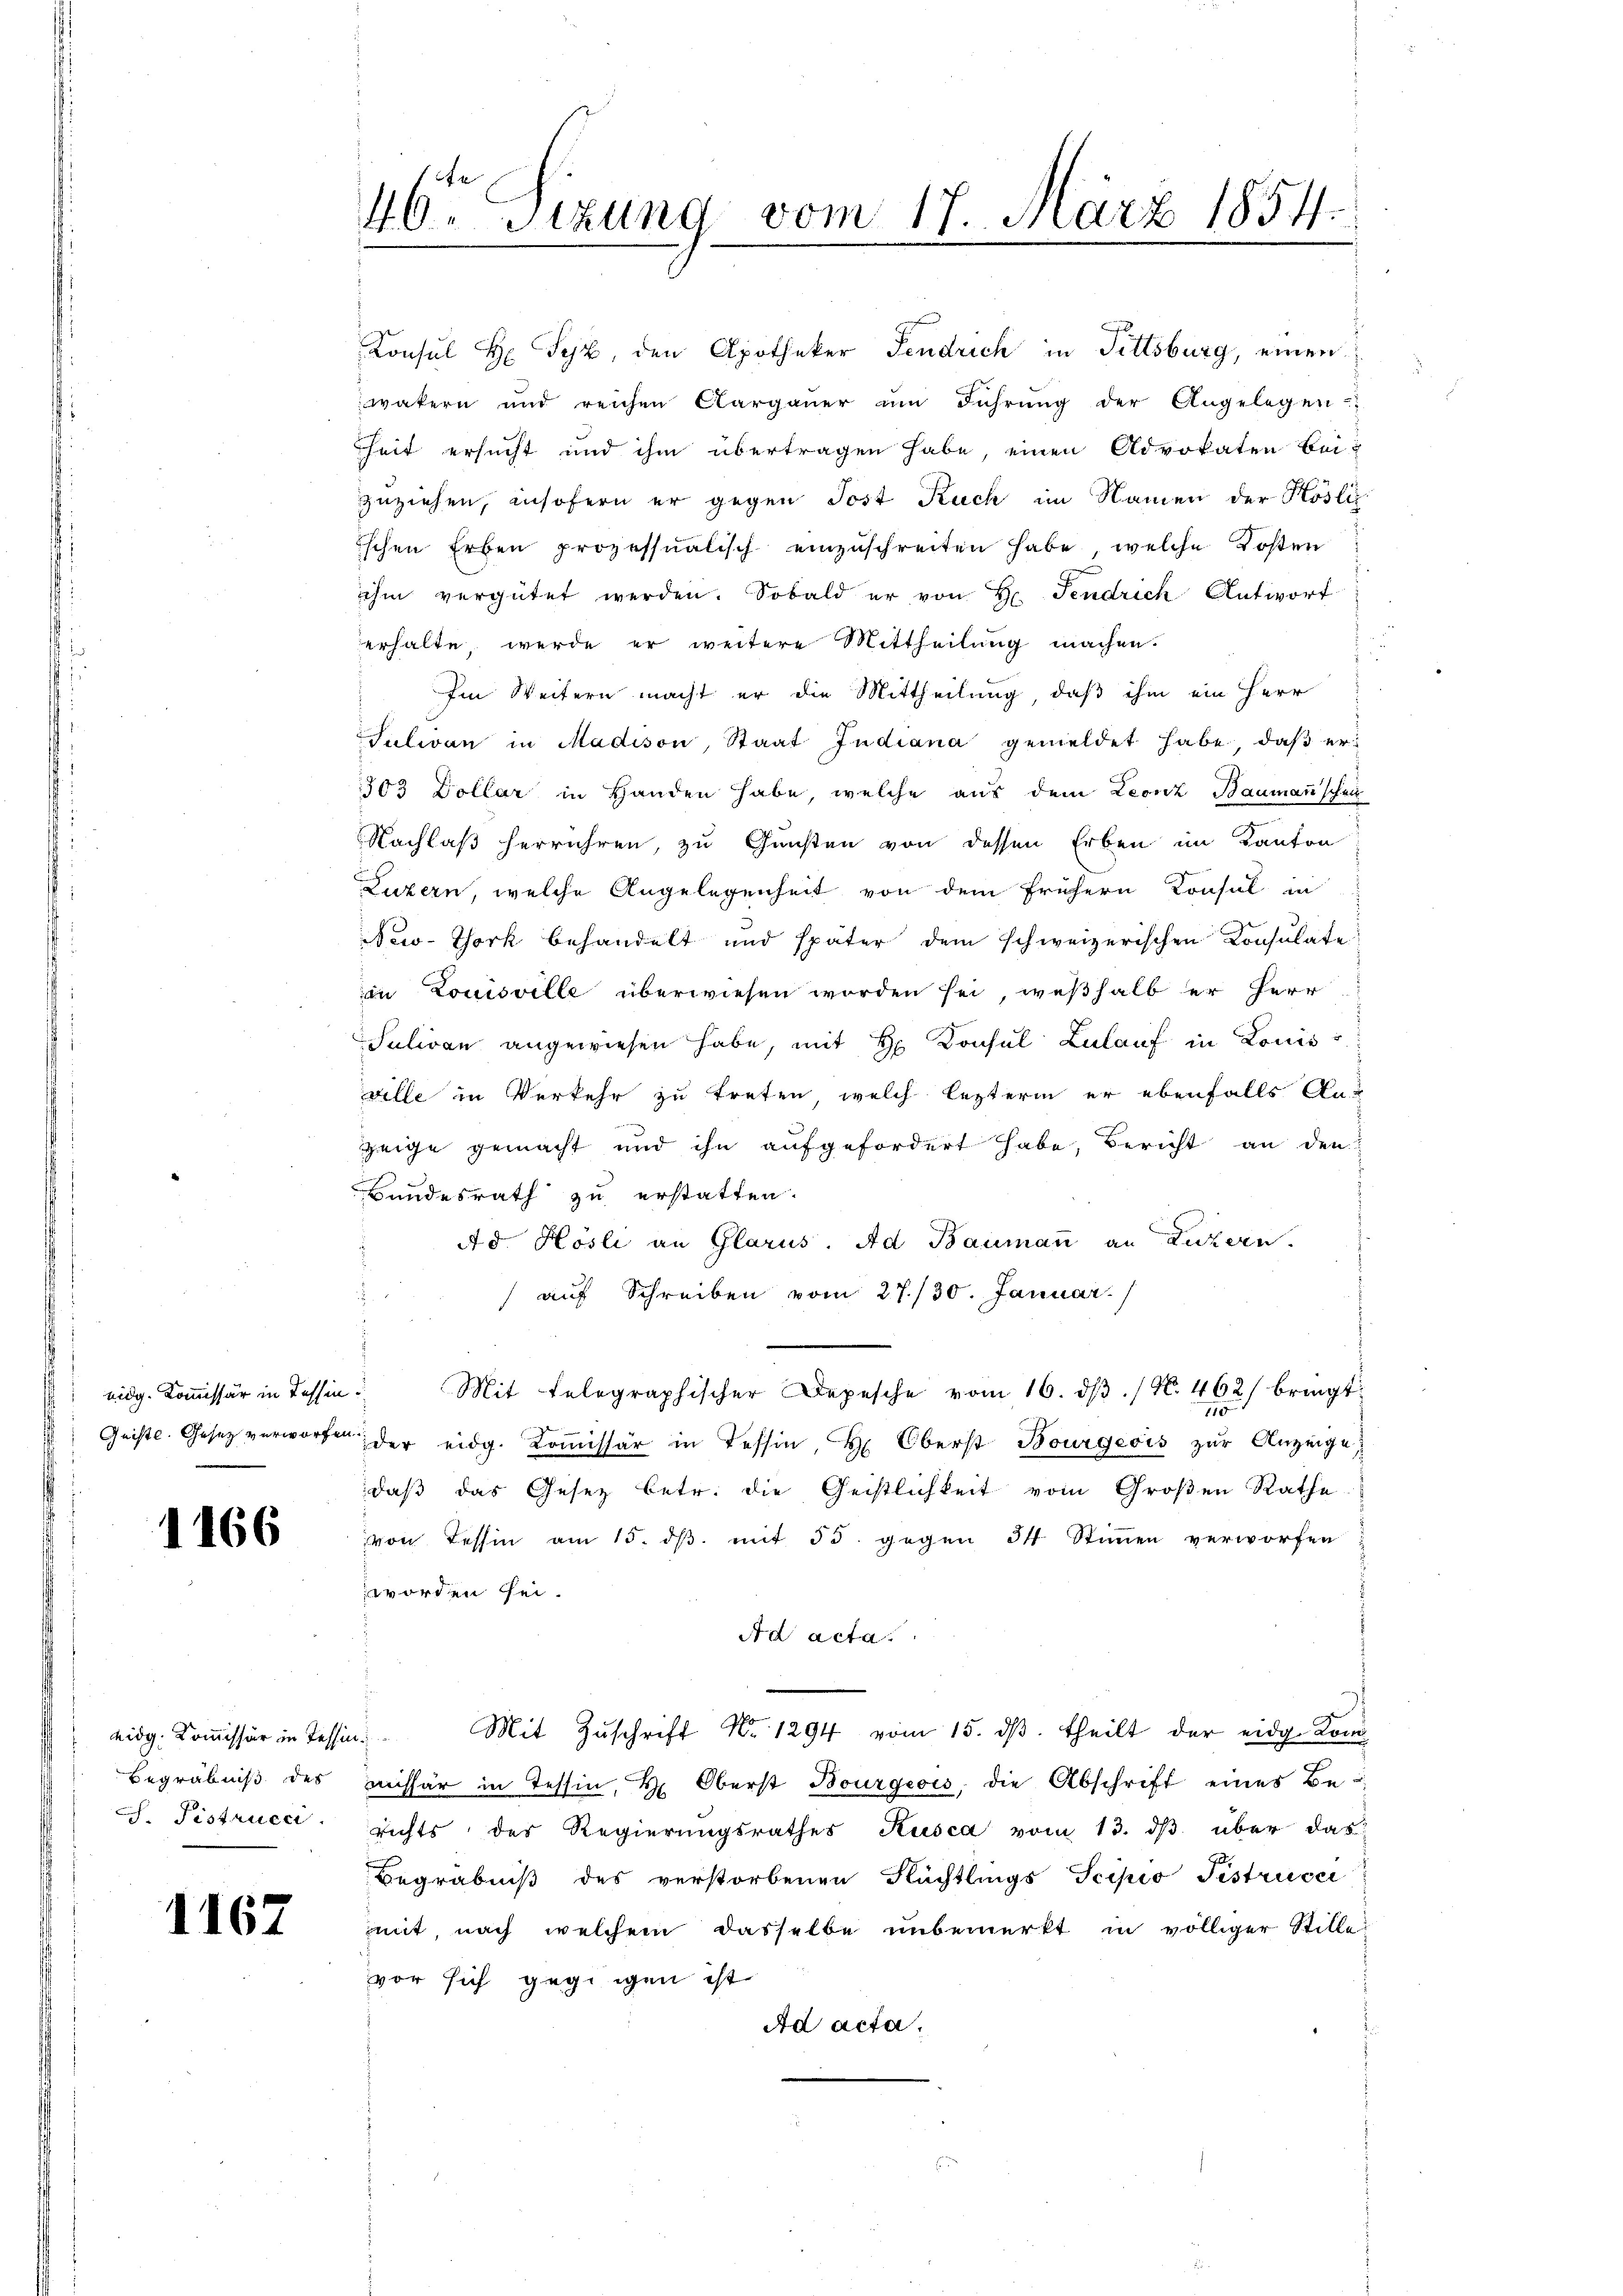
1166

S. Pistrucci

1167

Konsul H Syz, den Apotheker Fendrich in Fittsburg, einen
wakern und reichen Aargaŭer ŭm Führŭng der Angelegen-
heit ersucht und ihm übertragen habe, einen Advokaten Bei-
zuziehen, insofern er gegen Jost Ruch im Namen der Höslic
ischen Erben prozessualisch einzŭschreiten habe, welche Kosten
ihm vergütet werden. Sobald er von H. Fendrich Antwort
erhalte, werde er weitere Mittheilung machen.
Im Weitern macht er die Mittheilung, daß ihm ein Herr
Julivan in Madison, Staat Indiana gemeldet habe, daβ er¬
303 Dollar in Handen habe, welche aus dem Leonz Bauman'schen
Nachlaß herrühren, zu Gunsten von dessen Erben im Kanton
Luzern, welche Angelegenheit von dem frühern Konsul in
New-York behandelt und später dem schweizerischen Konsulate
in Louisville überwiesen worden sei, weßhalb er Herr
Suliven angewiesen habe, mit H. Konsul Zulauf in Louis
ville in Verkehr zu treten, welch lezterm er ebenfalls Aus
Zeige gemacht und ihn aufgefordert habe, Bericht an den
Bundesrath zu erstatten.
Ad. Hösli an Glarus. Ad Baumann an Luzern.
(auf Schreiben vom 27./30. Januar
 eidg. Kommissär in Tessin. Mit telegraphischer Depesche vom 16. dβ. / N. 462/ bringt:
110
Geistl. Gesetz verworfen, der eidg. Koṁissär in Tessin, Hr. Oberst Bourgeois zur Anzeige,
daß das Gesetz betr. die Geistlichkeit vom Großen Rathe
von Tessin am 15. ds. mit 55. gegen 34 Stimmen verworfen
worden sei.
Ad acta.
eidg. Koṁissär in Tessin. Mit Zŭschrift Nr. 1294 vom 15. dβ. theilt der eidg. Kom-
Begräbniβ des missär in Tessin, Oberst Bourgeois, die Abschrift eines Berichts des Regierungsrathes Kusca vom 13. dβ über das
Begräbniß des verstorbenen Rüchtlings Scipio Fistricei
mit, nach welchem dasselbe unbemerkt in völliger Stille
vor sich gegengen ist
Ad acta.

46ten Sizung vom 17. März 1854.